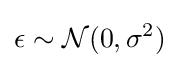
\epsilon \sim {\mathcal {N}}(0,\sigma ^{2})